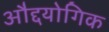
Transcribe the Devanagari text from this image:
औद्दयोगिक